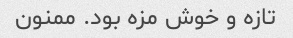
تازه و خوش مزه بود. ممنون